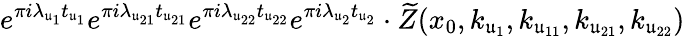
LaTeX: e^{\pi i\lambda_{\mathfrak u_{1}}t_{\mathfrak u_{1}}}e^{\pi i\lambda_{\mathfrak u_{21}}t_{\mathfrak u_{21}}}e^{\pi i\lambda_{\mathfrak u_{22}}t_{\mathfrak u_{22}}}e^{\pi i\lambda_{\mathfrak u_{2}}t_{\mathfrak u_{2}}}\cdot\widetilde{Z}(x_{0},k_{\mathfrak u_{1}},k_{\mathfrak u_{11}},k_{\mathfrak u_{21}},k_{\mathfrak u_{22}})